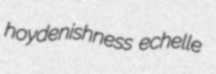
hoydenishness echelle